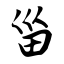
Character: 甾